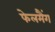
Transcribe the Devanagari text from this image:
फेलमैंग